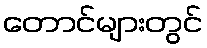
တောင်များတွင်